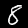
Label: 8